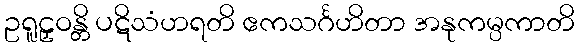
ဥရူဠှဝန္တိ ပဋိသံဟရတိ ဧကသင်္ဂဟိတာ အနုကမ္ပကာတိ